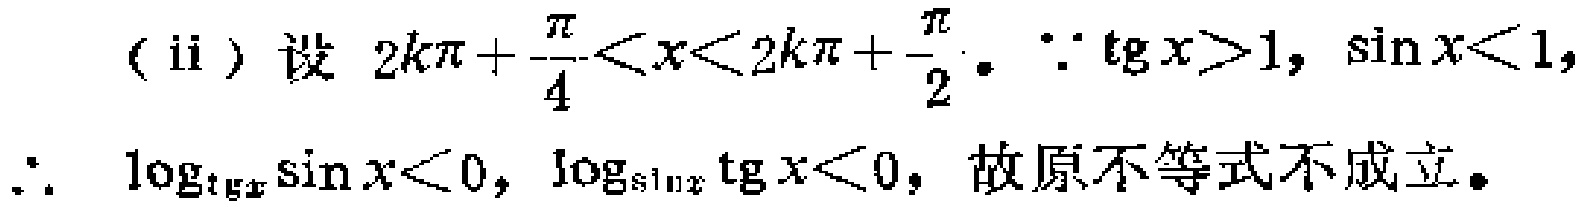
(ii) 设 \(2k\pi+\frac{\pi}{4}<x<2k\pi+\frac{\pi}{2}\)。\(\because \mathrm{tg}\,x > 1\), \(\sin x<1\),
\(\therefore \log_{\mathrm{tg}\,x}\sin x<0\), \(\log_{\sin x}\mathrm{tg}\,x<0\), 故原不等式不成立。